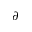
\partial